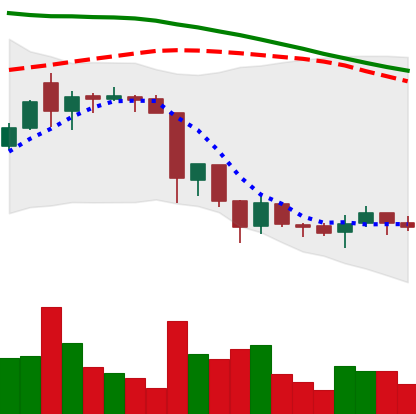
Ticker: XRP-USD
Chart end date: 2018-06-21
Forward return: -14.73%
Label: down_7plus